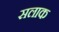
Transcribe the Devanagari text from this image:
सलाक